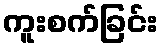
ကူးစက်ခြင်း